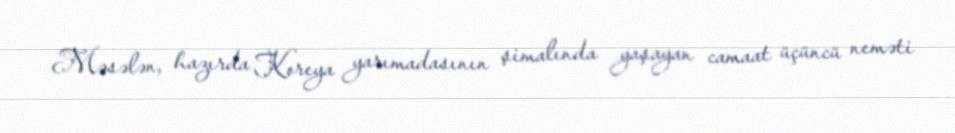
Məsələn, hazırda Koreya yarımadasının şimalında yaşayan camaat üçüncü neməti